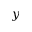
y